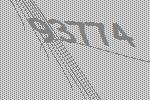
93774